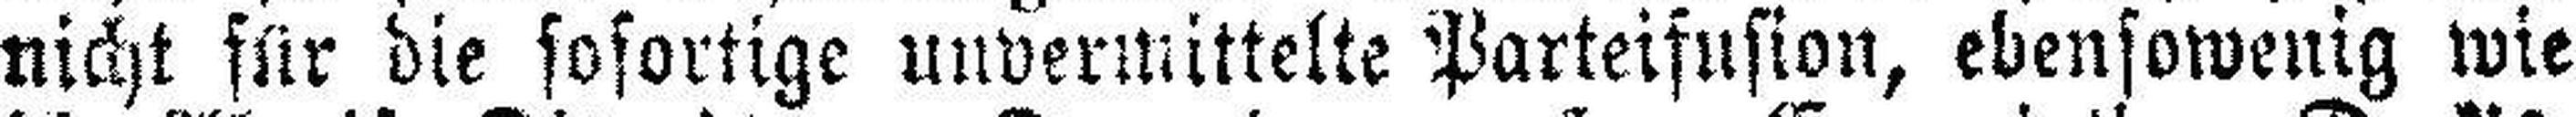
nicht für die sofortige unvermittelte Parteifusion, ebensowenig wie